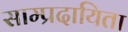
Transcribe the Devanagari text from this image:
साम्प्रदायिता